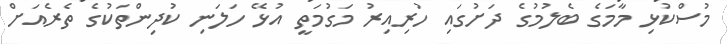
މުސްކުޅި މާމަގެ ބެލުމުގެ ދަށުގައި ހުރިއިރު މަގުމަތީ އުޅޭ ހަލަނި ކުދިންތަކުގެ ތެރެއަށް